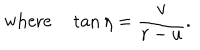
LaTeX: \mathrm { w h e r e } \tan \eta = { \frac { v } { r - u } } .